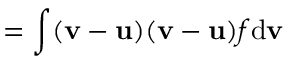
{ \mathbf \Pi } = \int ( { \mathbf v } - { \mathbf u } ) ( { \mathbf v } - { \mathbf u } ) f \mathrm { d } { \mathbf v }